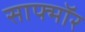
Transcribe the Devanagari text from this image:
साफ्मॉर